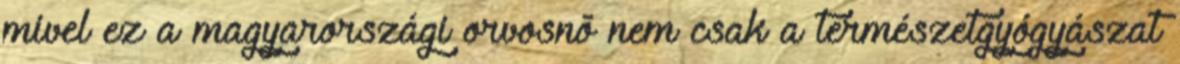
mivel ez a magyarországi orvosnõ nem csak a természetgyógyászat